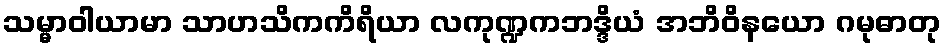
သမ္မာဝါယာမာ သာဟသိကကိရိယာ လကုဏ္ဍကဘဒ္ဒိယံ အဘိဝိနယော ဂမုဓာတု